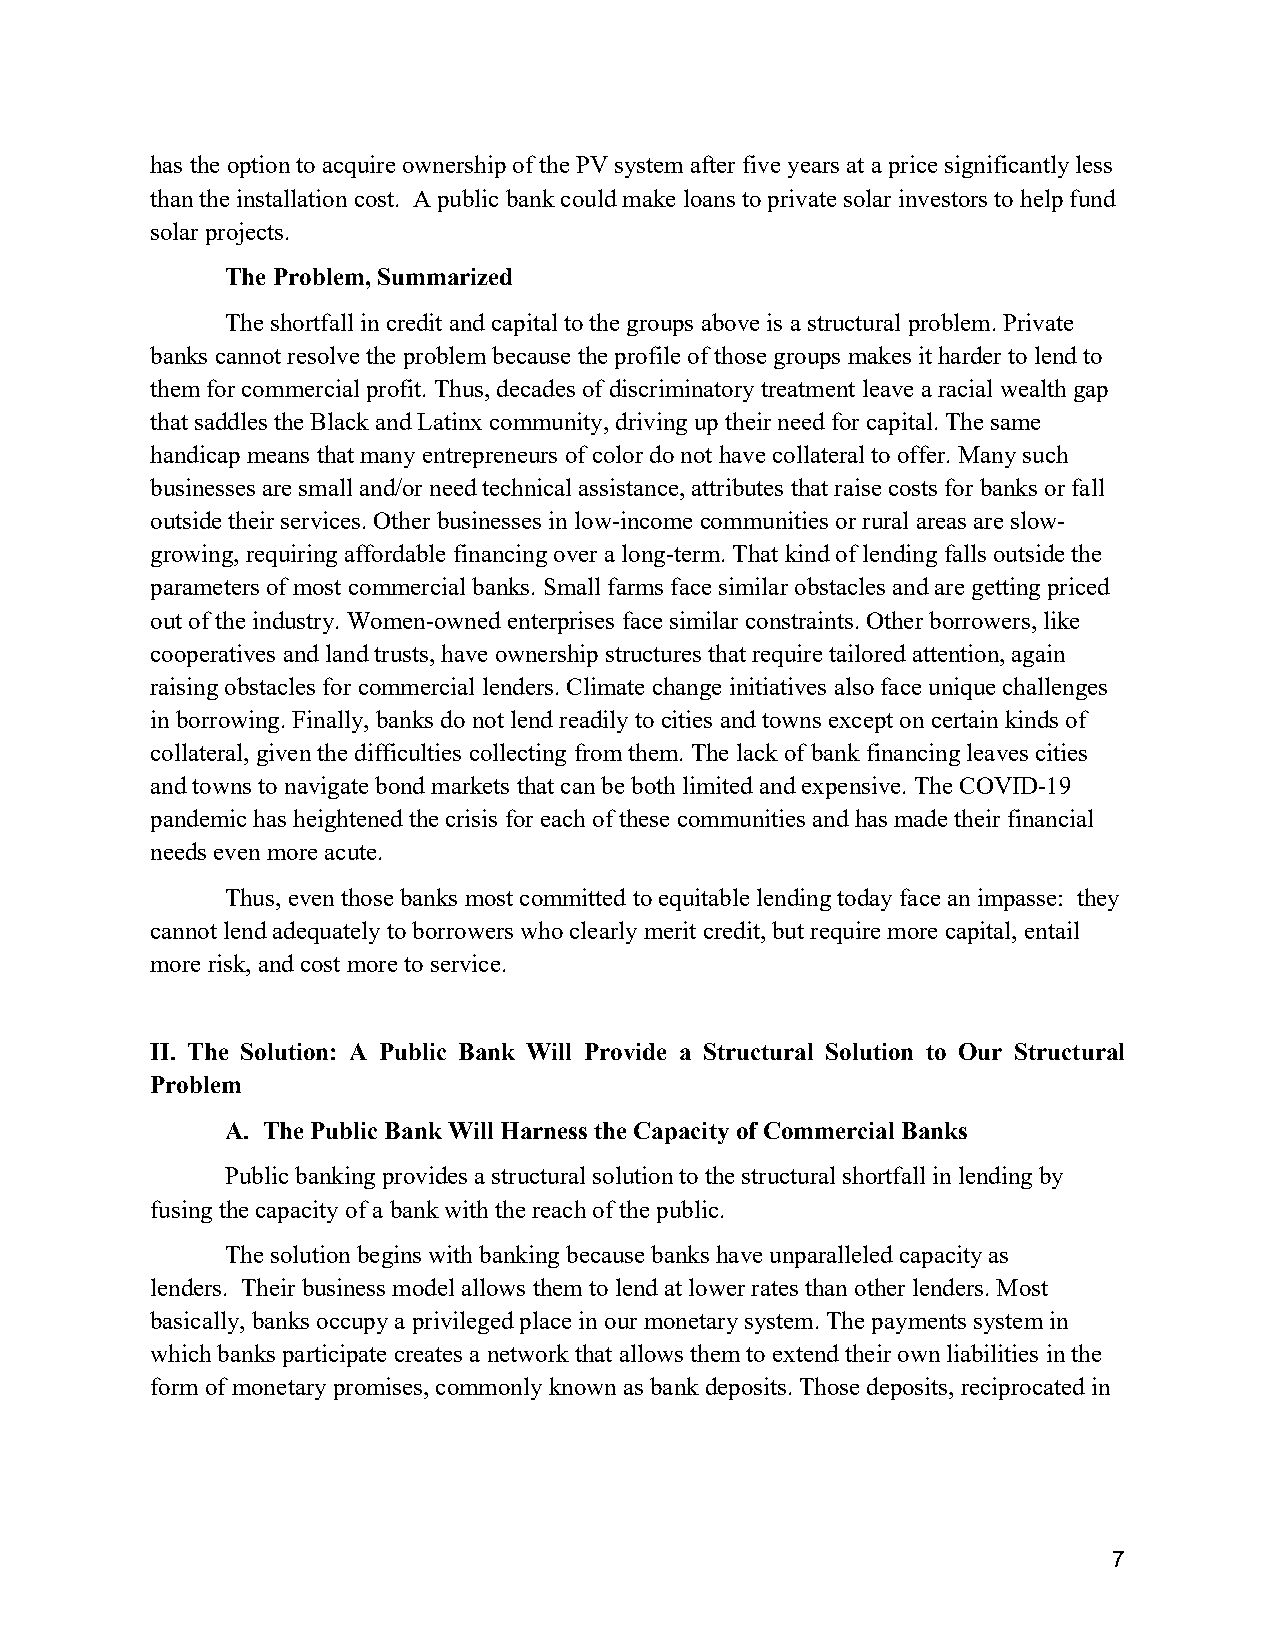
has the option to acquire ownership of the PV system after five years at a price significantly less
 than the installation cost. A public bank could make loans to private solar investors to help fund
 solar projects.
 The Problem, Summarized
 The shortfall in credit and capital to the groups above is a structural problem. Private
 banks cannot resolve the problem because the profile of those groups makes it harder to lend to
 them for commercial profit. Thus, decades of discriminatory treatment leave a racial wealth gap
 that saddles the Black and Latinx community, driving up their need for capital. The same
 handicap means that many entrepreneurs of color do not have collateral to offer. Many such
 businesses are small and/or need technical assistance, attributes that raise costs for banks or fall
 outside their services. Other businesses in low-income communities or rural areas are slow-
 growing, requiring affordable financing over a long-term. That kind of lending falls outside the
 parameters of most commercial banks. Small farms face similar obstacles and are getting priced
 out of the industry. Women-owned enterprises face similar constraints. Other borrowers, like
 cooperatives and land trusts, have ownership structures that require tailored attention, again
 raising obstacles for commercial lenders. Climate change initiatives also face unique challenges
 in borrowing. Finally, banks do not lend readily to cities and towns except on certain kinds of
 collateral, given the difficulties collecting from them. The lack of bank financing leaves cities
 and towns to navigate bond markets that can be both limited and expensive. The COVID-19
 pandemic has heightened the crisis for each of these communities and has made their financial
 needs even more acute.
 Thus, even those banks most committed to equitable lending today face an impasse: they
 cannot lend adequately to borrowers who clearly merit credit, but require more capital, entail
 more risk, and cost more to service.
 II. The Solution: A Public Bank Will Provide a Structural Solution to Our Structural
 Problem
 A. The Public Bank Will Harness the Capacity of Commercial Banks
 Public banking provides a structural solution to the structural shortfall in lending by
 fusing the capacity of a bank with the reach of the public.
 The solution begins with banking because banks have unparalleled capacity as
 lenders. Their business model allows them to lend at lower rates than other lenders. Most
 basically, banks occupy a privileged place in our monetary system. The payments system in
 which banks participate creates a network that allows them to extend their own liabilities in the
 form of monetary promises, commonly known as bank deposits. Those deposits, reciprocated in
 7